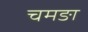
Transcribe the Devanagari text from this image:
चमङा